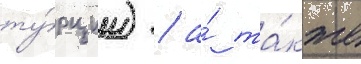
ту́рции) / а́ та́кже